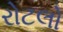
રોટલો